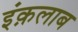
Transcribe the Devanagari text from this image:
इंक़लाब